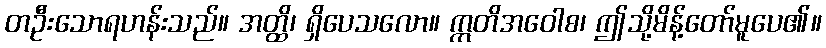
တဦးသောရဟန်းသည်။ အတ္ထိ၊ ရှိပေသလော။ ဣတိအဝေါစ၊ ဤသို့မိန့်တော်မူပေ၏။